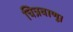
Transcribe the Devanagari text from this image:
चित्रवाणू।